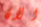
الان